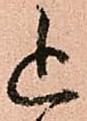
追